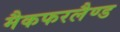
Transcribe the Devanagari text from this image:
मैकफरलैण्ड